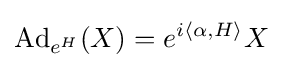
\mathrm {Ad} _{e^{H}}(X)=e^{i\langle \alpha ,H\rangle }X